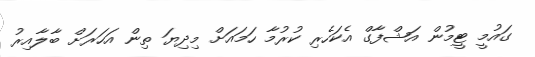
ގައުމީ ޓީމުން އަޝްފާގް އެކަހެރި ކުރުމާ ހަމައަށް މިދިޔަ ތިން އަހަރަށް ބާލާއިރު